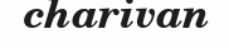
charivan